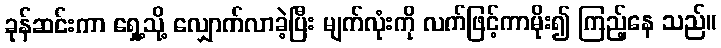
ခုန်ဆင်းကာ ရှေ့သို့ လျှောက်လာခဲ့ပြီး မျက်လုံးကို လက်ဖြင့်ကာမိုး၍ ကြည့်နေ သည်။